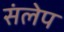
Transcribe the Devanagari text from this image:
संलेप